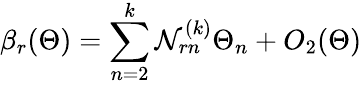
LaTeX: \beta_{r}(\Theta)=\sum_{n=2}^{k}{\cal N}_{rn}^{(k)}\Theta_{n}+O_{2}(\Theta)